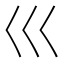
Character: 巛